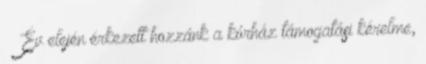
– „Év elején érkezett hozzánk a kórház támogatási kérelme,